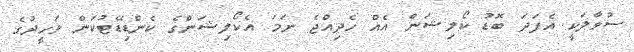
ސުވާލަކީ އެފަދަ ބޮޑު ކޯލިޝަން އެއް ހެދިއްޖެ ނަމަ އެކޯލިޝަންގެ ކެންޑިޑޭޓުކަން ވަހީދުގެ